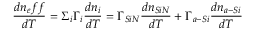
\frac { d n _ { e } f f } { d T } = \Sigma _ { i } \Gamma _ { i } \frac { d n _ { i } } { d T } = \Gamma _ { S i N } \frac { d n _ { S i N } } { d T } + \Gamma _ { a - S i } \frac { d n _ { a - S i } } { d T }